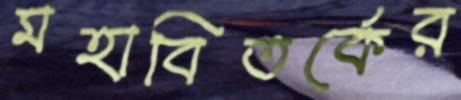
মহাবিতর্কের